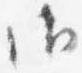
御